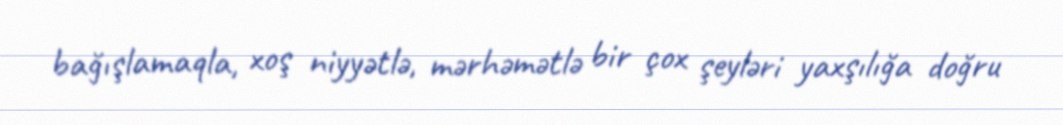
bağışlamaqla, xoş niyyətlə, mərhəmətlə bir çox şeyləri yaxşılığa doğru